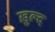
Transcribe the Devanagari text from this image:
ख़ुल्द